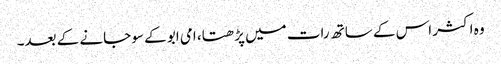
وہ اکثر اس کے ساتھ رات میں پڑھتا، امی ابو کے سو جانے کے بعد۔